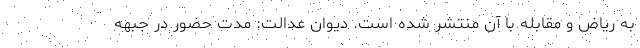
به ریاض و مقابله با آن منتشر شده است. دیوان عدالت: مدت حضور در جبهه